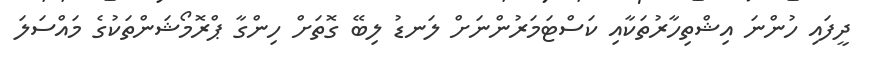
ދީފައި ހުންނަ އިޝްތިހާރުތަކާއި ކަސްޓަމަރުންނަށް ލަނޑު ލިބޭ ގޮތަށް ހިންގާ ޕްރޮމޯޝަންތަކުގެ މައްސަލަ